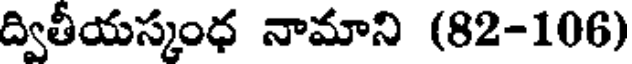
ద్వితీయస్కంధ నామాని (82-106)